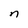
Character: n